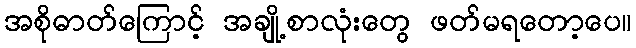
အစိုဓာတ်ကြောင့် အချို့စာလုံးတွေ ဖတ်မရတော့ပေ။